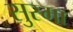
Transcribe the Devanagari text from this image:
सुस्मा